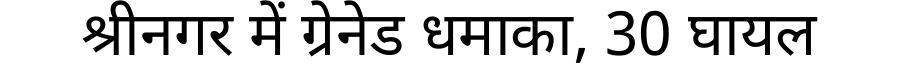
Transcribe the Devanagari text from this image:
श्रीनगर में ग्रेनेड धमाका, 30 घायल